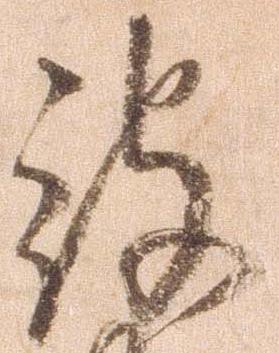
被